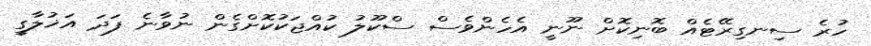
ހުރެ ސިނގިރޭޓެއް ބޮނިކޮށް ނޫނީ އެހެންވެސް ސްކޫލު ކުއްޖަކުކޮށްގެން ނުވާނެ ފަދަ އަަޚުލާގީ